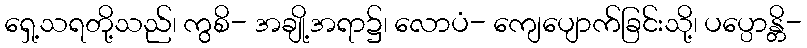
ရှေ့သရတို့သည်၊ ကွစိ- အချို့အရာ၌၊ လောပံ- ကျေပျောက်ခြင်းသို့၊ ပပ္ပောန္တိ-